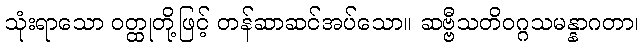
သုံးရာသော ဝတ္ထုတို့ဖြင့် တန်ဆာဆင်အပ်သော။ ဆဗ္ဗီသတိဝဂ္ဂသမန္နာဂတာ၊